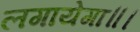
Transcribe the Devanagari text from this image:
लगायेगा॥।